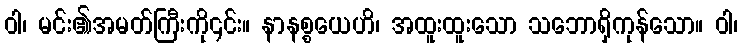
ဝါ၊ မင်း၏အမတ်ကြီးကို၎င်း။ နာနစ္စယေဟိ၊ အထူးထူးသော သဘောရှိကုန်သော။ ဝါ၊